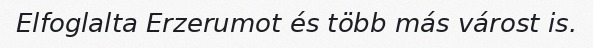
Elfoglalta Erzerumot és több más várost is.